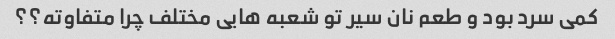
کمی سرد بود و طعم نان سیر تو شعبه هایی مختلف چرا متفاوته؟؟